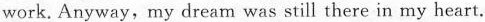
work. Anyway, my dream was still there in my heart